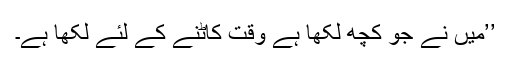
’’میں نے جو کچھ لکھا ہے وقت کاٹنے کے لئے لکھا ہے۔